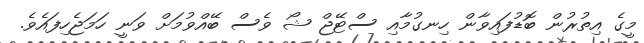
މީގެ އިތުރުން ބޮޑުފައިވާން ހިނގުމާއި ސްޓޭޖް ޝޯ ވެސް ބޭއްވުމަށް ވަނީ ހަމަޖެހިފައެވެ.